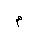
Letter: _mim